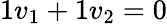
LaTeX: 1v_{1}+1v_{2}=0